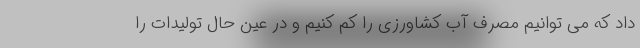
داد که می توانیم مصرف آب کشاورزی را کم کنیم و در عین حال تولیدات را